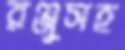
রঞ্জুসহ